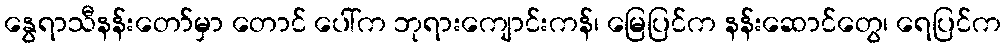
နွေရာသီနန်းတော်မှာ တောင် ပေါ်က ဘုရားကျောင်းကန်၊ မြေပြင်က နန်းဆောင်တွေ၊ ရေပြင်က